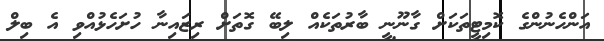
އަންހެނުންގެ ކޮމިޓީތަކަށް ގާނޫނީ ބާރުތަކެއް ލިބޭ ގޮތަށް ރިޒައިނާ ހުށަހެޅުއްވި އެ ބިލް